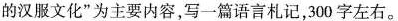
的汉服文化”为主要内容，写一篇语言札记，300字左右。